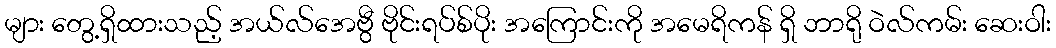
များ တွေ့ရှိထားသည့် အယ်လ်အေဗွီ ဗိုင်းရပ်စ်ပိုး အကြောင်းကို အမေရိကန် ရှိ ဘာရို ဝဲလ်ကမ်း ဆေးဝါး